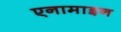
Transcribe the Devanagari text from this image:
एनामाइन